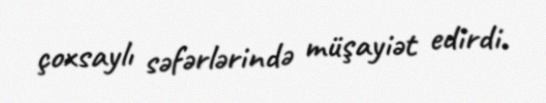
çoxsaylı səfərlərində müşayiət edirdi.